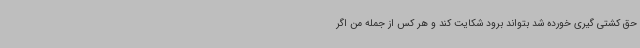
حق کشتی گیری خورده شد بتواند برود شکایت کند و هر کس از جمله من اگر